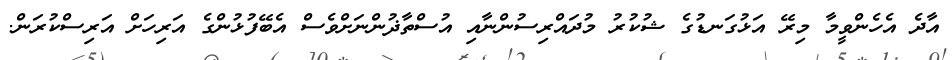
އާދެ އެހެންވީމާ މިރޭ އަޅުގަނޑުގެ ޝުކުރު މުދައްރިސުންނާއި އުސްތާޛުންނަށްވެސް އެބޭފުޅުންގެ އަރިހަށް އަރިސްކުރަން.